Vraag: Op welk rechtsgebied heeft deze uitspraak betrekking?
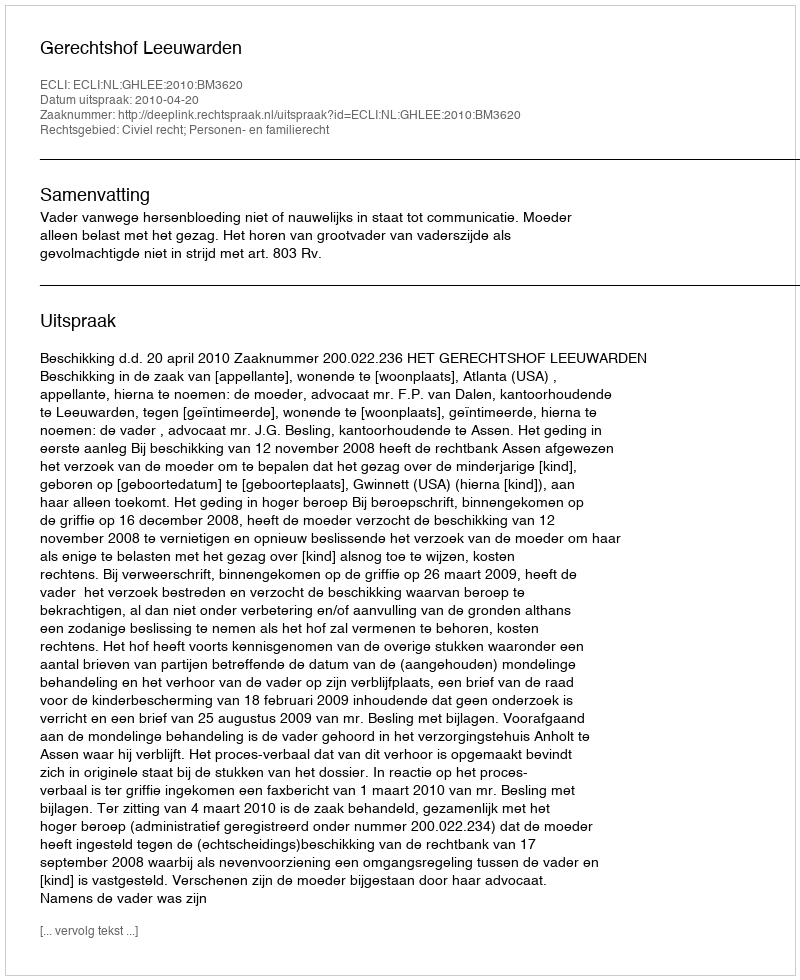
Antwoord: Civiel recht; Personen- en familierecht